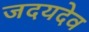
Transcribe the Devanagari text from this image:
जदयदेव